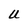
Character: U